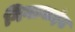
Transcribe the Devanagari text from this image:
गिगाबाईट